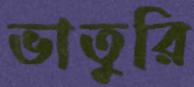
ভাতুরি